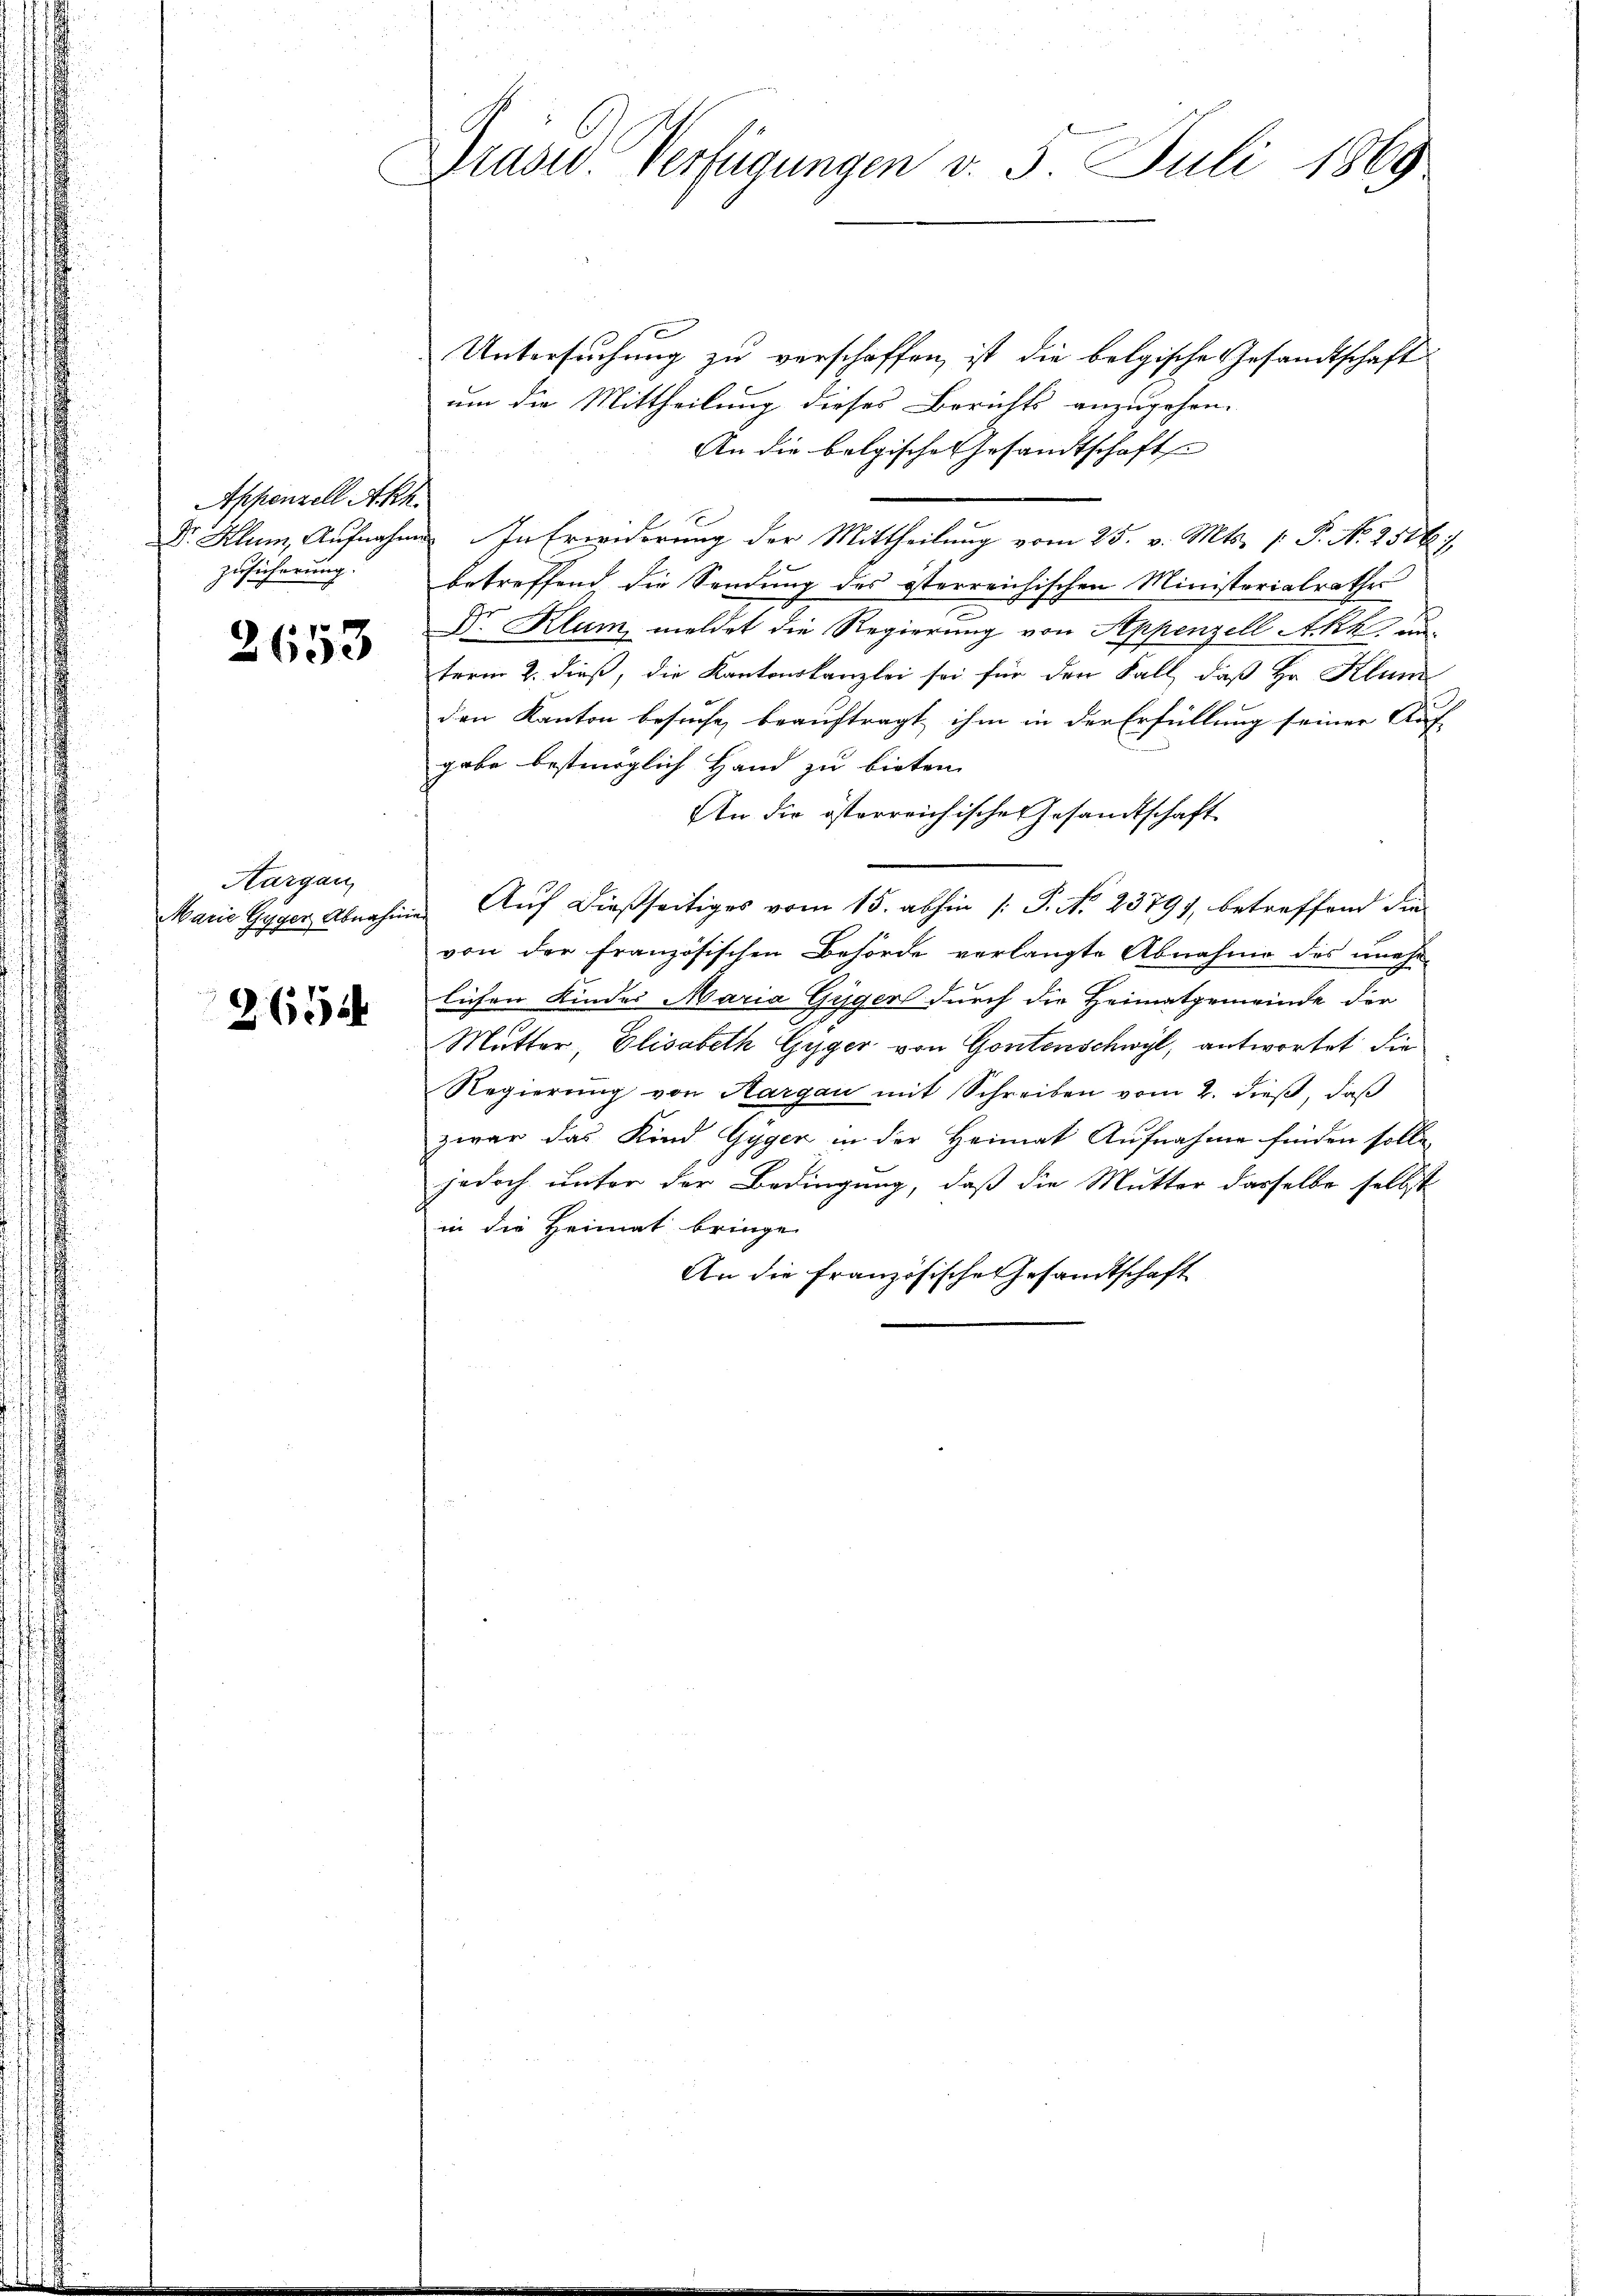
Appenzell Akh.
Zusicherung.

2653

Aargau,
Marie Gyger Abnahm

2654

Drasw. Verfügungen v. 5. Juli 1869

c
Untersuchung zu verschaffen, ist die belgische Gesandtschaft
um die Mittheilung dieses Berichts anzugehen.
An die belgische Gesandtschafte
Dr. Klum, Aufnahme. In Erwiderung der Mittheilung vom 25. v. Mts. p. P. No 2516:
betreffend die Sendung des österreichischen Ministerialrathes
Dr. Klum, meldet die Regierung von Appenzell Akt
term 2. dieß, die Kantonskanzlei sei für den Fall, daß Hr. Klum
den Kanton besuche beauftragt ihm in der Erfüllung seiner Auf-
gabe bestmöglich Hand zu bieten.
An die österreichische Gesandtschaft
Auf dießseitiges vom 15. abhin /: P. No. 2379), betreffend die
von der Französischen Behörde verlangte Abnahme des unehe-
lichen Kindes Maria Gyger durch die Heimatgemeinde der
Mutter, Elisabeth Gyger von Gontenschwyl, antwortet die
Regierung von Aargau mit Schreiben vom 2. dieß, daß
zwar das Kind Gyger in der Heimat Aufnahme finden solle,
jedoch unter der Bedingung, daß die Mutter dasselbe selbst
in die Heimat bringe.
An die Französische Gesandtschaft